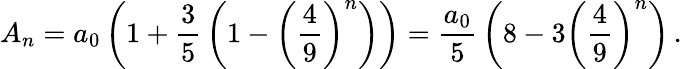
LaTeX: A_{n}=a_{0}\left(1+{\frac{3}{5}}\left(1-\left({\frac{4}{9}}\right)^{n}\right)\right)={\frac{a_{0}}{5}}\left(8-3\left({\frac{4}{9}}\right)^{n}\right)\, .